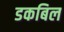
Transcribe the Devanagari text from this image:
डकबिल